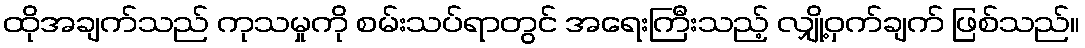
ထိုအချက်သည် ကုသမှုကို စမ်းသပ်ရာတွင် အရေးကြီးသည့် လျှို့ဝှက်ချက် ဖြစ်သည်။